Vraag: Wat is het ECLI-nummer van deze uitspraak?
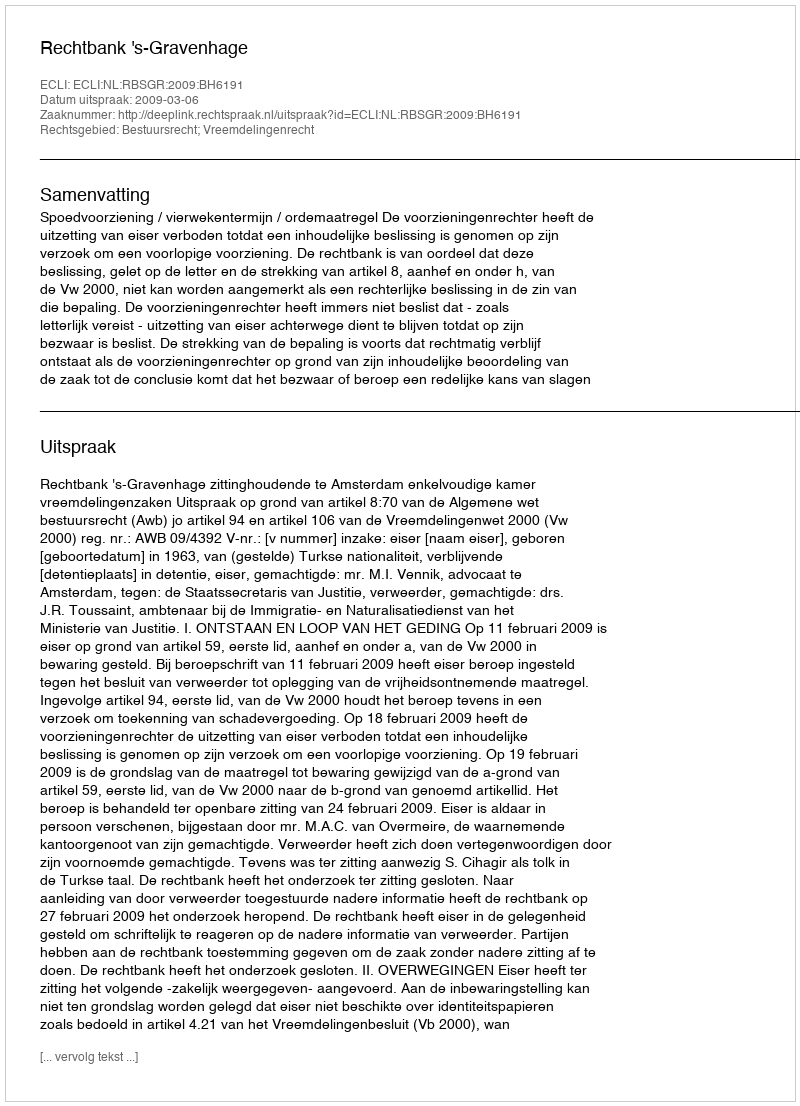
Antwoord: ECLI:NL:RBSGR:2009:BH6191